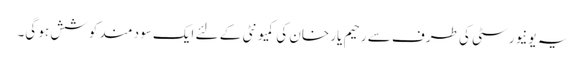
یہ یونیورسٹی کی طرف سے رحیم یار خان کی کمیونٹی کے لئے ایک سود مند کوشش ہو گی۔